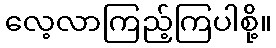
လေ့လာကြည့်ကြပါစို့။